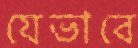
যেভাবে